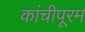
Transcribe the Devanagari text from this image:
कांचीपूरम